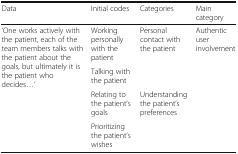
<table><thead><tr><td><b>Data</b></td><td><b>Initial codes</b></td><td><b>Categories</b></td><td><b>Main category</b></td></tr></thead><tbody><tr><td rowspan="4">‘One works actively with the patient, each of the team members talks with the patient about the goals, but ultimately it is the patient who decides...’</td><td>Working personally with the patient</td><td>Personal contact with the patient</td><td rowspan="4">Authentic user involvement</td></tr><tr><td>Talking with the patient</td><td></td></tr><tr><td>Relating to the patient’s goals</td><td rowspan="2">Understanding the patient’s preferences</td></tr><tr><td>Prioritizing the patient’s wishes</td></tr></tbody></table>